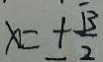
x = \pm \frac { \sqrt { 3 } } { 2 }